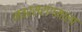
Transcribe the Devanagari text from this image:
नवरसरागमाला